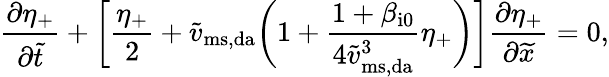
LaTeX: \frac{\partial\eta_{+}}{\partial\widetilde{t}}+\biggl[\frac{\eta_{+}}{2}+\widetilde{v}_{\mathrm{ms,da}}\biggl(1+\frac{1+\beta_{\mathrm{i0}}}{4\widetilde{v}_{\mathrm{ms,da}}^{3}}\eta_{+}\biggr)\biggr]\frac{\partial\eta_{+}}{\partial\widetilde{x}}=0,